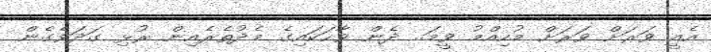
އެއީ ވަރަށް ވަރަށް މުހިއްމު ވީމަ.. ދެން ވާހަކައިގެ މެދުތެރެއިން ރުޅި ގަދަވެގެން